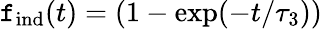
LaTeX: \mathtt{f}_{\mathrm{{ind}}}(t)=(1-\exp(-t/\tau_{3}))